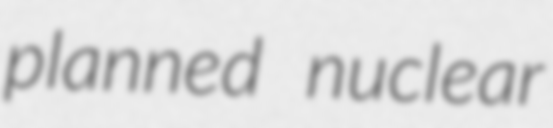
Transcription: planned nuclear